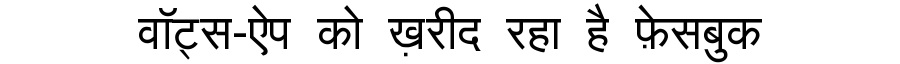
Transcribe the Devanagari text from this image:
वॉट्स-ऐप को ख़रीद रहा है फ़ेसबुक